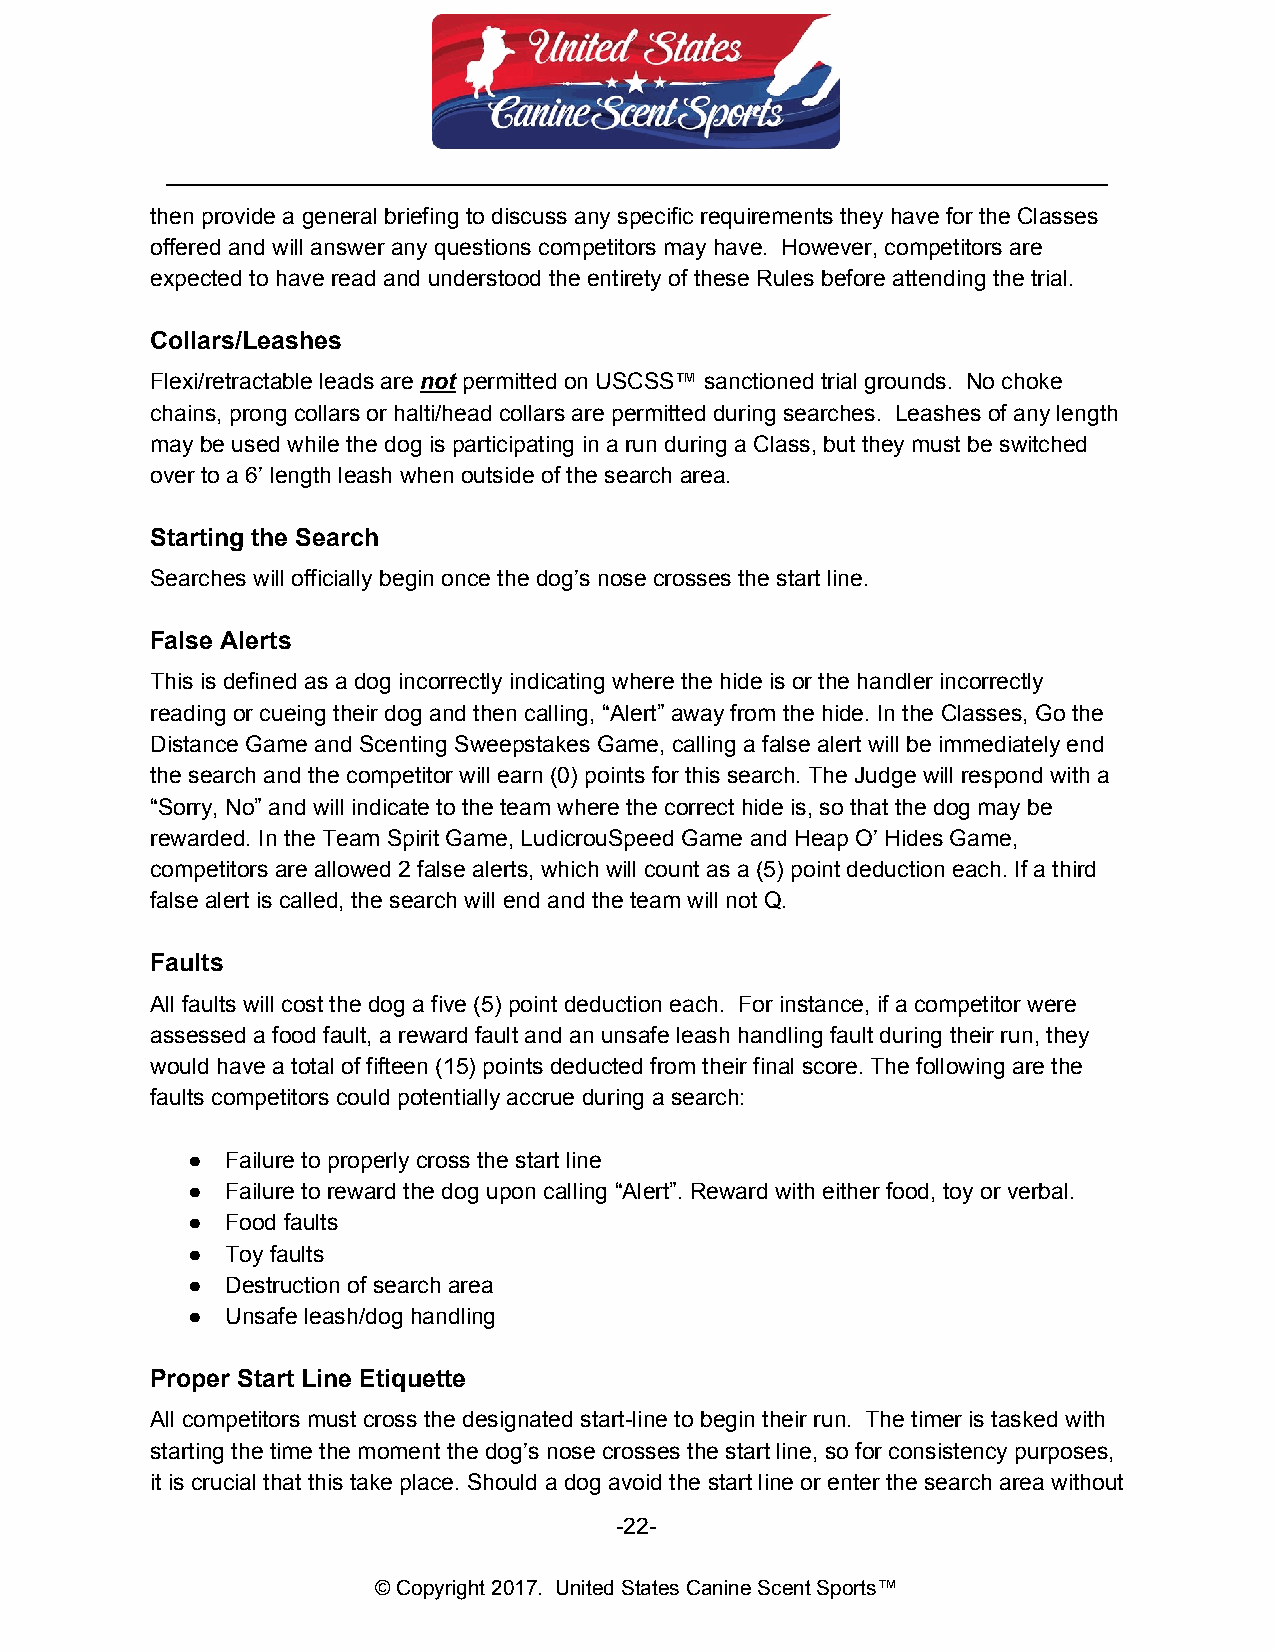
__________________________________________________________________________
 then provide a general briefing to discuss any specific requirements they have for the Classes
 offered and will answer any questions competitors may have. However, competitors are
 expected to have read and understood the entirety of these Rules before attending the trial.
 Collars/Leashes
 Flexi/retractable leads are not permitted on USCSS™ sanctioned trial grounds. No choke
 ​ ​
 chains, prong collars or halti/head collars are permitted during searches. Leashes of any length
 may be used while the dog is participating in a run during a Class, but they must be switched
 over to a 6’ length leash when outside of the search area.
 Starting the Search
 Searches will officially begin once the dog’s nose crosses the start line.
 False Alerts
 This is defined as a dog incorrectly indicating where the hide is or the handler incorrectly
 reading or cueing their dog and then calling, “Alert” away from the hide. In the Classes, Go the
 Distance Game and Scenting Sweepstakes Game, calling a false alert will be immediately end
 the search and the competitor will earn (0) points for this search. The Judge will respond with a
 “Sorry, No” and will indicate to the team where the correct hide is, so that the dog may be
 rewarded. In the Team Spirit Game, LudicrouSpeed Game and Heap O’ Hides Game,
 competitors are allowed 2 false alerts, which will count as a (5) point deduction each. If a third
 false alert is called, the search will end and the team will not Q.
 Faults
 All faults will cost the dog a five (5) point deduction each. For instance, if a competitor were
 assessed a food fault, a reward fault and an unsafe leash handling fault during their run, they
 would have a total of fifteen (15) points deducted from their final score. The following are the
 faults competitors could potentially accrue during a search:
 ●  Failure to properly cross the start line
 ●  Failure to reward the dog upon calling “Alert”. Reward with either food, toy or verbal.
 ●  Food faults
 ●  Toy faults
 ●  Destruction of search area
 ●  Unsafe leash/dog handling
 Proper Start Line Etiquette
 All competitors must cross the designated start-line to begin their run. The timer is tasked with
 starting the time the moment the dog’s nose crosses the start line, so for consistency purposes,
 it is crucial that this take place. Should a dog avoid the start line or enter the search area without
 -22-
 © Copyright 2017. United States Canine Scent Sports™